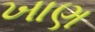
ખાણ